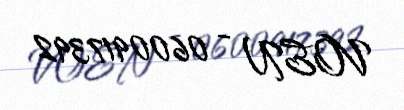
VOEN - 0600917392